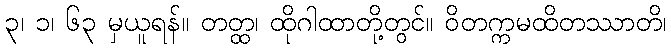
၃၊ ၁၊ ၆၃ မှယူရန်။ တတ္ထ၊ ထိုဂါထာတို့တွင်။ ဝိတက္ကမထိတဿာတိ၊